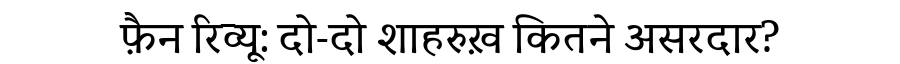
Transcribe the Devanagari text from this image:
फ़ैन रिव्यू: दो-दो शाहरुख़ कितने असरदार?